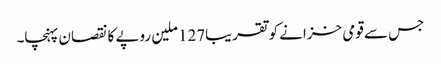
جس سے قومی خزانے کو تقریبا127ملین روپے کا نقصان پہنچا۔